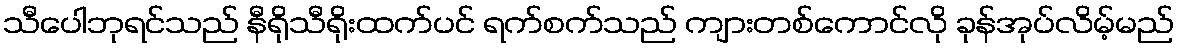
သီပေါဘုရင်သည် နီရိုသီရိုးထက်ပင် ရက်စက်သည် ကျားတစ်ကောင်လို ခုန်အုပ်လိမ့်မည်